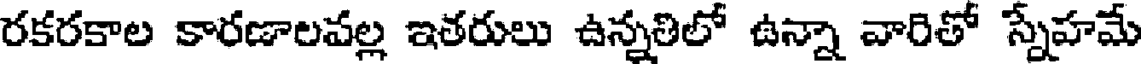
రకరకాల కారణాలవల్ల ఇతరులు ఉన్నతిలో ఉన్నా వారితో స్నేహమే